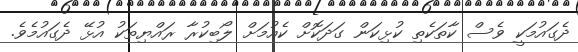
ދެގައުމަކީ ވެސް ކާތަކެތި ކުޅިކަން ގަދަކޮށް ކެއުމަށް ލޯބިކުރާ ރައްޔިތަކު އުޅޭ ދެގައުމެވެ.